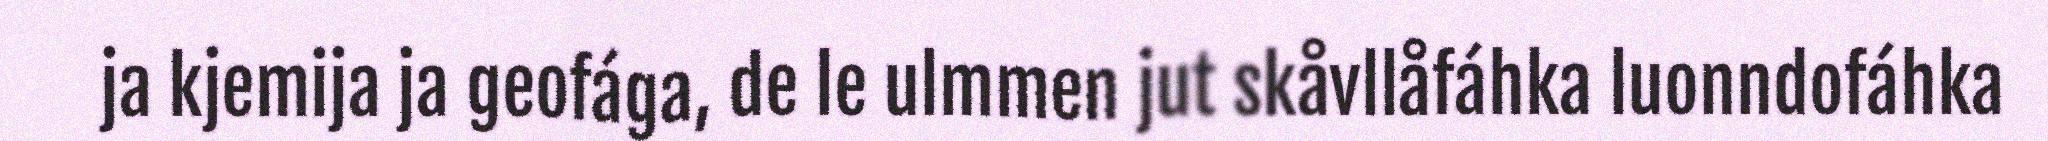
ja kjemija ja geofága, de le ulmmen jut skåvllåfáhka luonndofáhka